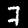
Digit: 7